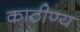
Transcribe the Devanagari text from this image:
काठीण्य